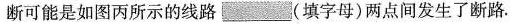
断可能是如图丙所示的线路___(填字母)两点间发生了断路